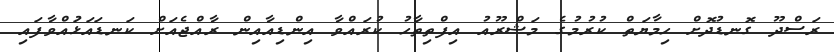
ރަސްދޫ ގޮނޑުދޮށް ހިމާޔަތް ކުރުމުގެ މަޝްރޫއު އިފްތިތާހު ކުރައްވާ އިންޑިއާއިން ރާއްޖެއަށް ކަނޑައަޅުައްވާފައި